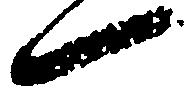
一